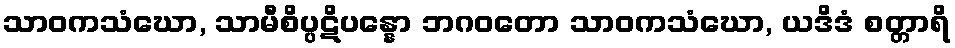
သာဝကသံဃော, သာမီစိပ္ပဋိပန္နော ဘဂဝတော သာဝကသံဃော, ယဒိဒံ စတ္တာရိ